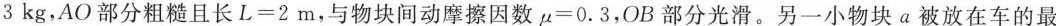
3kg，AO部分粗糙且长$$L=2m$$，与物块间动摩擦因数$$\mu =0.3$$，OB部分光滑。另一小物块a被放在车的最